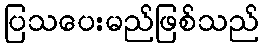
ပြသပေးမည်ဖြစ်သည်